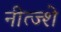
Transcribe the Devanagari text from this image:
नीत्ज्शे